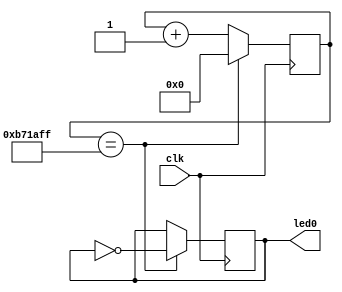
module blinky
  #(parameter clk_freq_hz = 12000000)
   (input  clk,
    output reg led0 = 1'b0);

   reg [$clog2(clk_freq_hz)-1:0] count = 0;

   always @(posedge clk) begin
      count <= count + 1;
      if (count == clk_freq_hz-1) begin
	       led0 <= !led0;
	       count <= 0;
      end
   end

endmodule